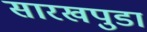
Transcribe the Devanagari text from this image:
सारखपुडा